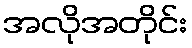
အလိုအတိုင်း